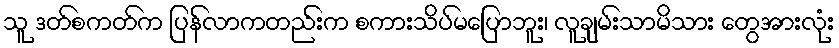
သူ ဒတ်စကတ်က ပြန်လာကတည်းက စကားသိပ်မပြောဘူး၊ လူချမ်းသာမိသား တွေအားလုံး